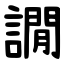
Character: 譋